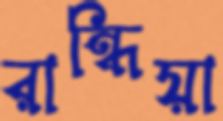
রান্ধিয়া